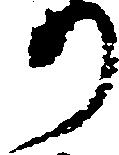
り